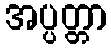
အပ္ပတ္တာ